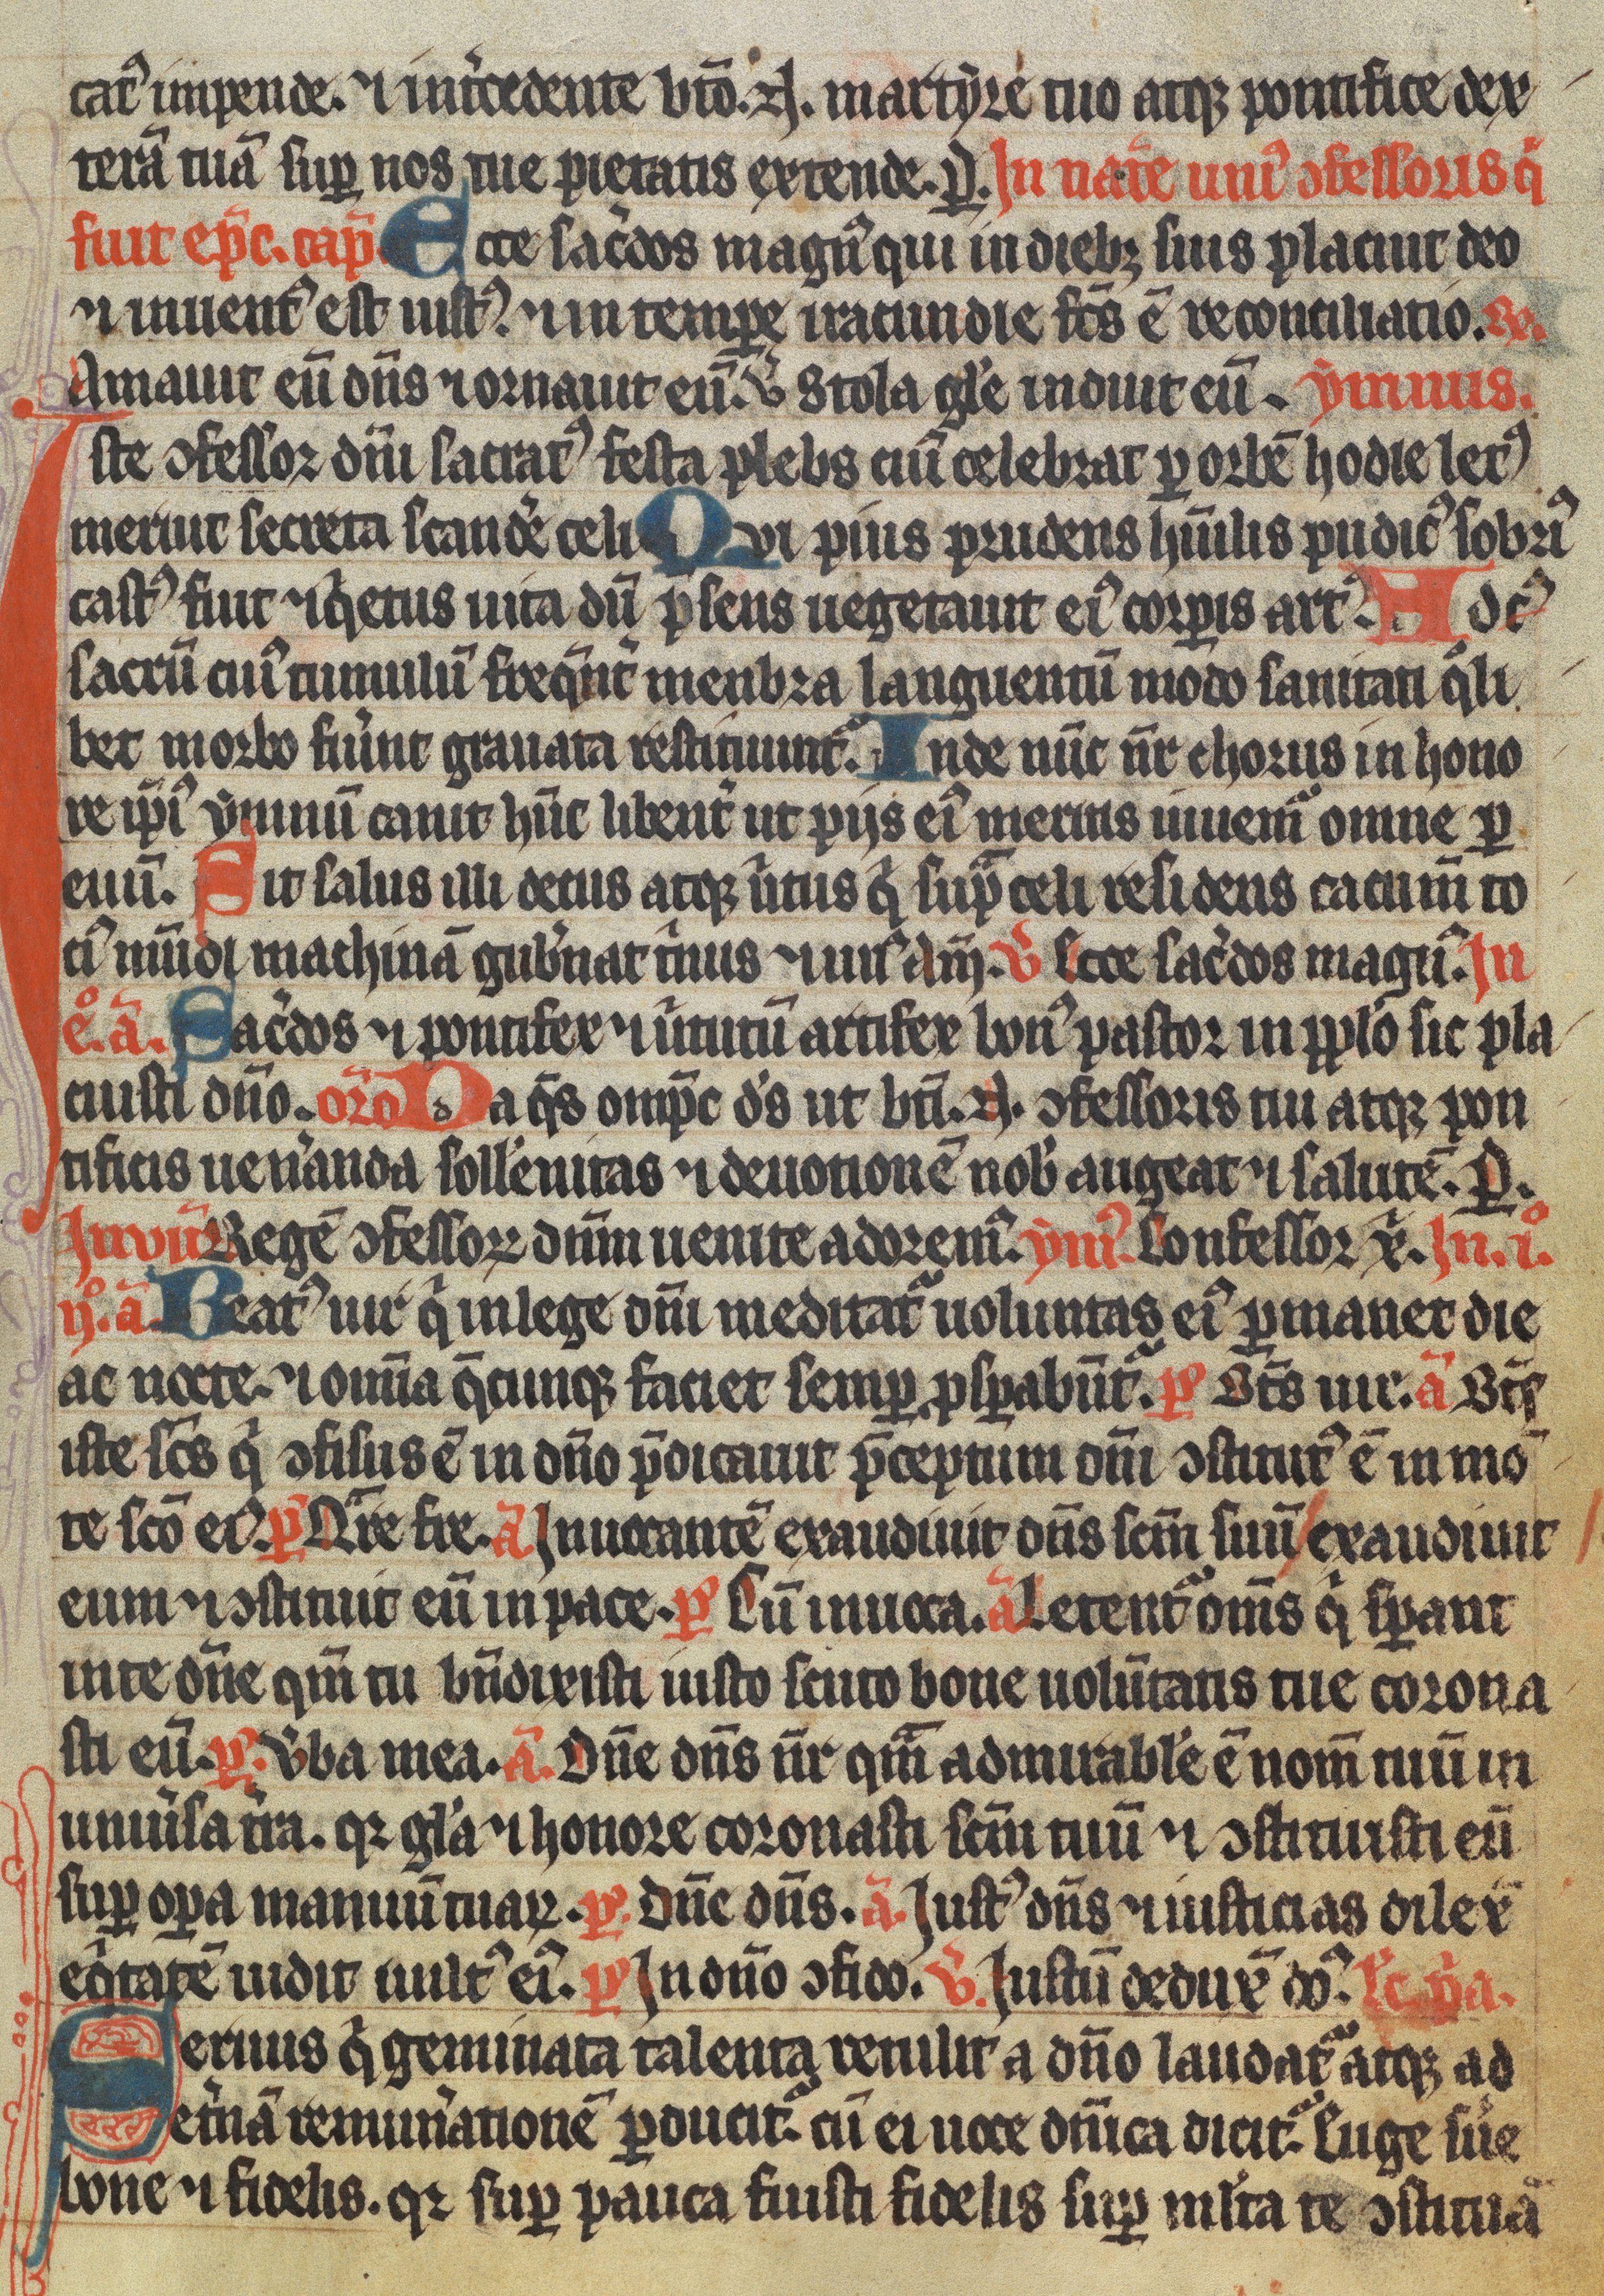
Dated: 1350–1399